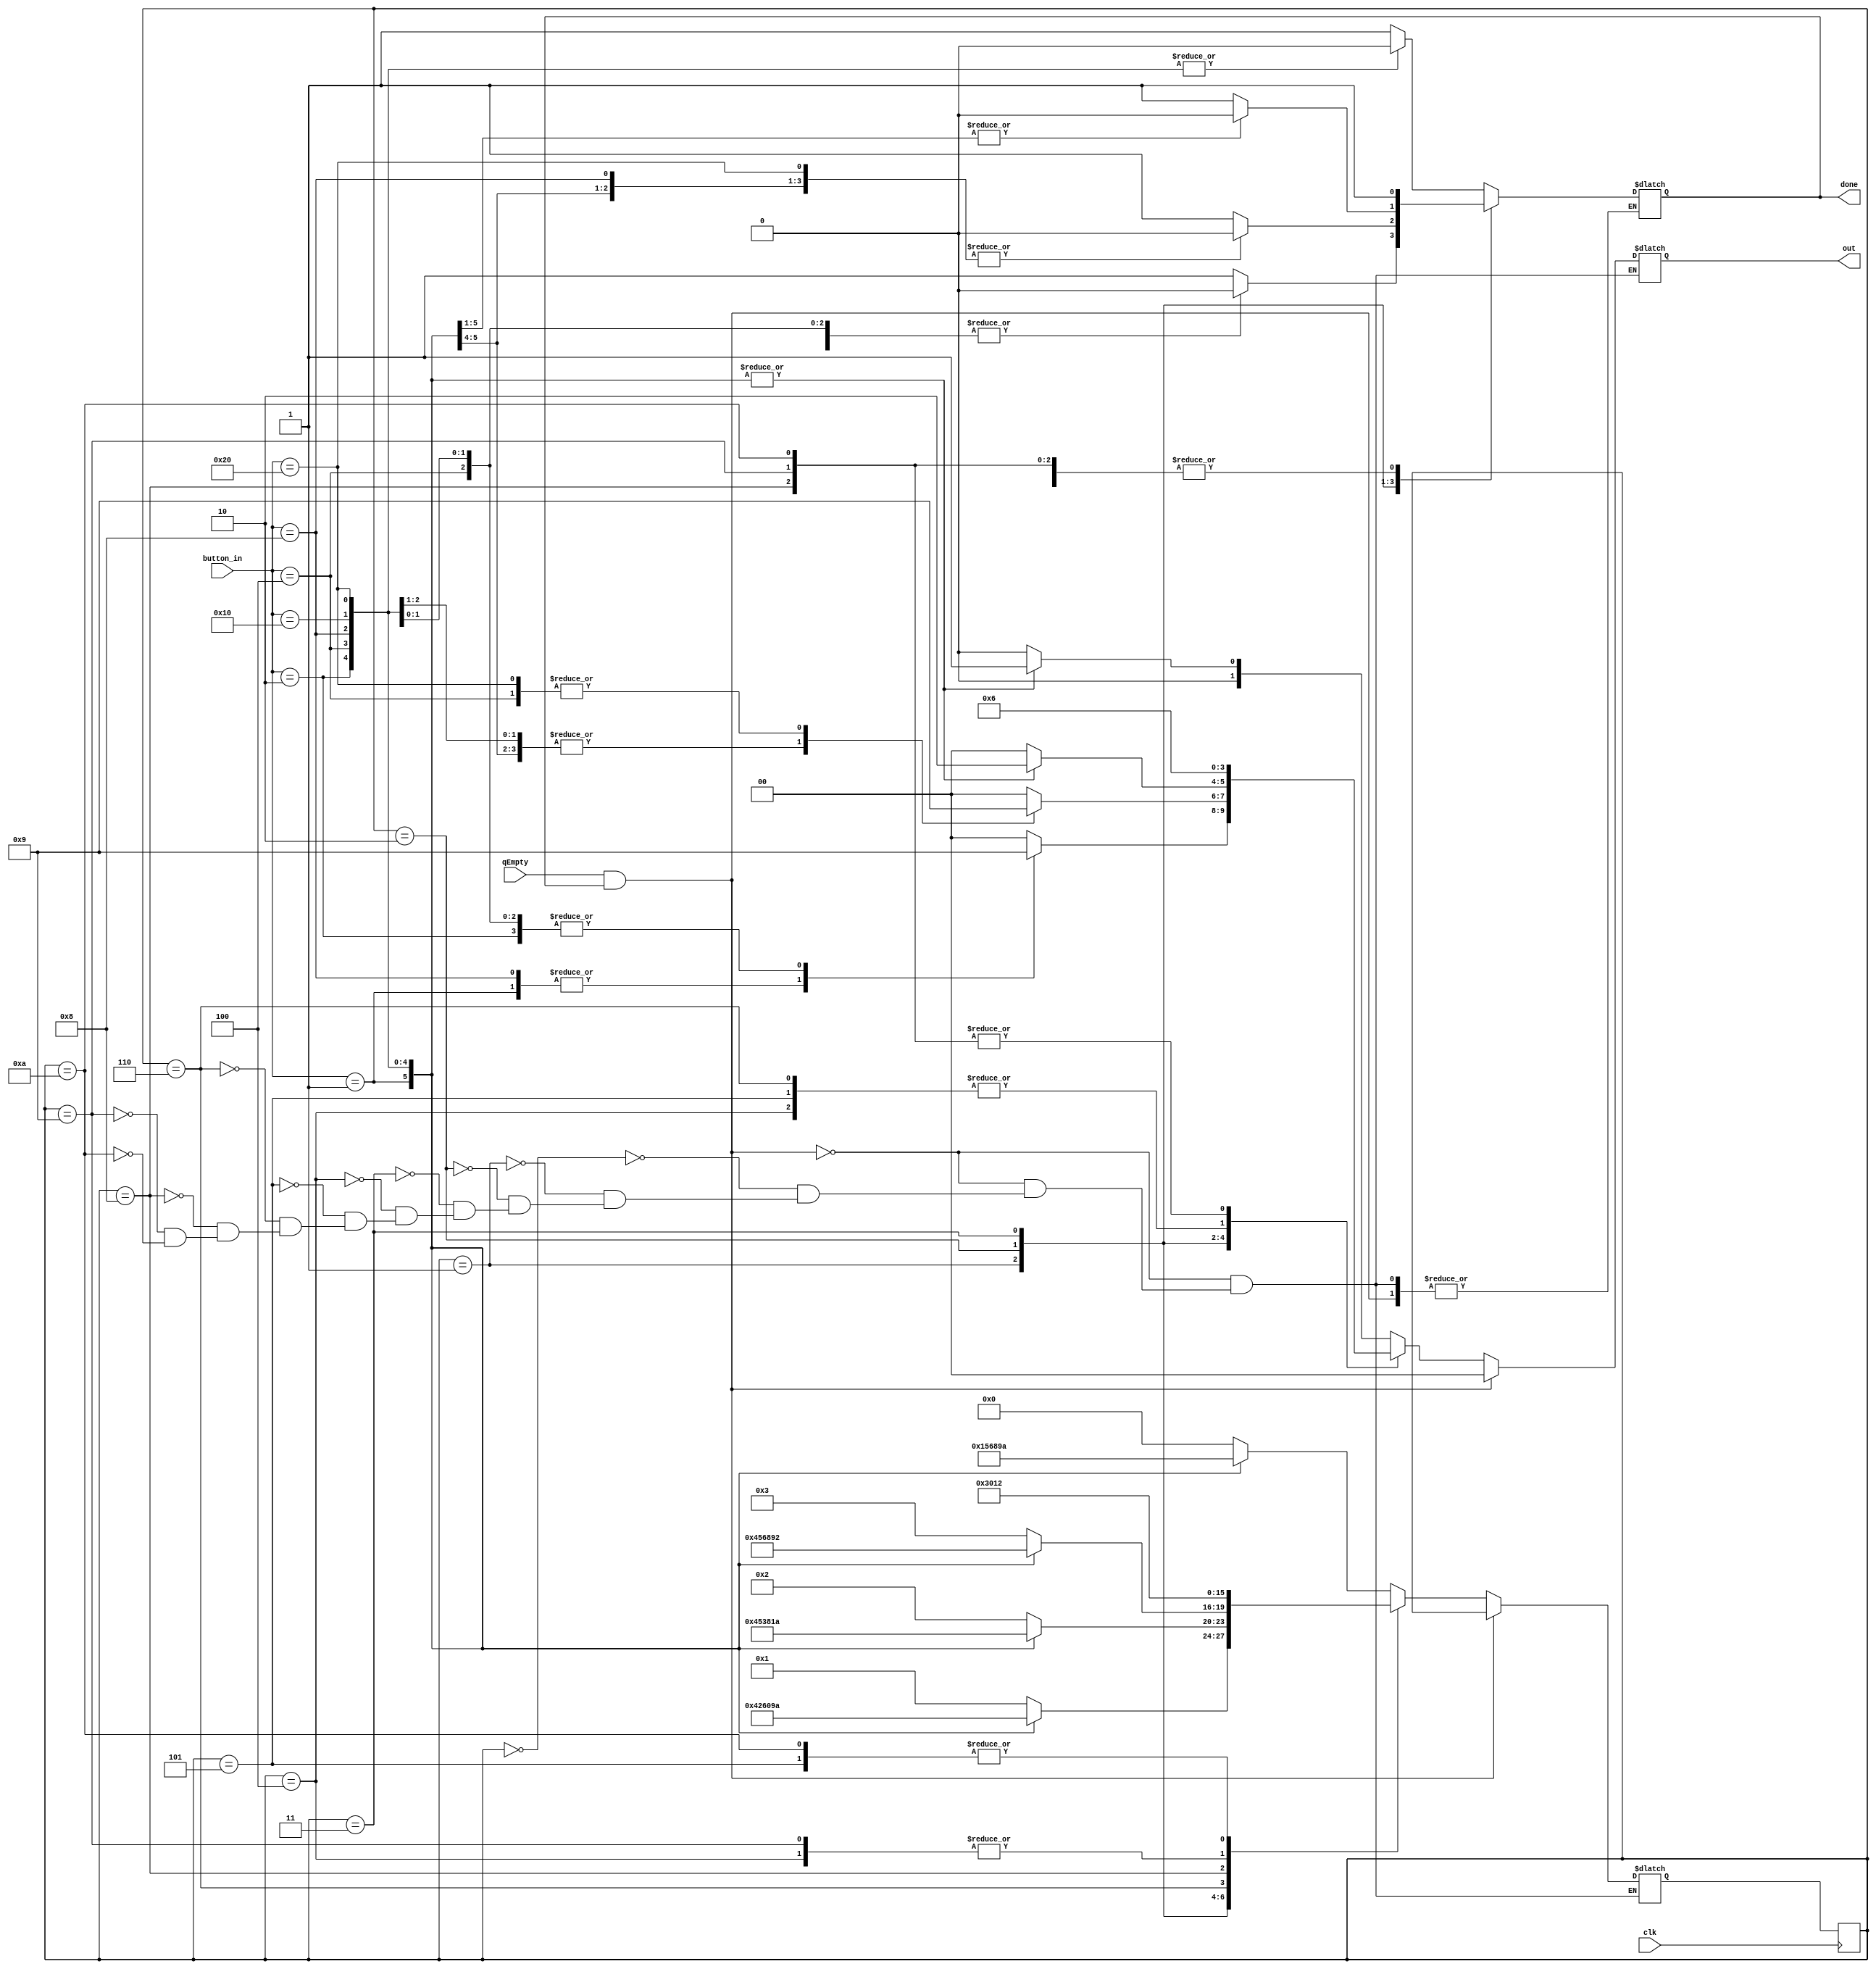
module LiftFSM(
	//Specify each port as input or output
	input clk,
	input [5:0] button_in,
	input qEmpty,
	output reg [1:0] out,
	output reg done
	
);
	
	//Specify primary datatype in Verilog for present state and next state which are both 4 bits
	reg [3:0] ps;	
	reg [3:0] ns;
	
	//Define module parameters for each state in this FSM
	localparam s1=4'b0000;
	localparam s2=4'b0001;
	localparam s3=4'b0010;
	localparam s4=4'b0011;
	localparam s12=4'b0100;
	localparam s23=4'b0101;
	localparam s34=4'b0110;
	localparam s21=4'b1000;
	localparam s32=4'b1001;
	localparam s43=4'b1010;

	//Define module parameters for output in this FSM
	localparam STAY=2'b00;
	localparam UP=2'b01;
	localparam DOWN=2'b10;
	
   //Initialize parameters in this module
	initial begin
		ps=s1;
		ns=s1;
		out=STAY;		
	end

	always @ (qEmpty or ps or button_in) begin
		//Stay in the same state when stystem is idle and no further input requests
		if(qEmpty && done) begin		
			ns=ps;
			out<=STAY;
		end
		else begin
			case (ps)
			//Describe the behavior according to the state diagram
			s1: begin
				case (button_in)
				6'b000001: begin	//button 1U
					ns=s2;	
					out=UP;		
					done=1;
				end
				6'b000010: begin	//button 2U
					ns=s23;	
					out=UP;		
					done=0;
				end
				6'b000100: begin	//button 3U
					ns=s34;	
					out=UP;		
					done=0;
				end
				6'b001000: begin	//button 2D
					ns=s21;
					out=UP;	
					done=0;
				end
				6'b010000: begin	//button 3D
					ns=s32;
					out=UP;	
					done=0;
				end
				6'b100000: begin	//button 4D
					ns=s43;
					out=UP;	
					done=0;
				end
				default: begin  	//other invalid input request
					ns=s1;	
					out=STAY;
					done=1;	
				end
				endcase
			end
			s2: begin
				case (button_in)
				6'b000001: begin	//button 1U
					ns=s12;	
					out=DOWN;	
					done=0;
				end
				6'b000010: begin	//button 2U
					ns=s3;	
					out=UP;		
					done=1;
				end
				6'b000100: begin	//button 3U
					ns=s34;
					out=UP;		
					done=0;
				end
				6'b001000: begin	//button 2D
					ns=s1;	
					out=DOWN;	
					done=1;
				end
				6'b010000: begin	//button 3D
					ns=s32;	
					out=UP;		
					done=0;
				end
				6'b100000: begin	//button 4D
					ns=s43;	
					out=UP;	
					done=0;
				end
				default: begin	   //other invalid input request
					ns=s2;	
					out=STAY;	
					done=1;
				end
				endcase
			end
			s3: begin
				case (button_in)
				6'b000001: begin	//button 1U
					ns=s12;	
					out=DOWN;
					done=0;
				end
				6'b000010: begin	//button 2U
					ns=s23;	
					out=DOWN;
					done=0;
				end
				6'b000100: begin	//button 3U
					ns=s4;	
					out=UP;		
					done=1;
				end
				6'b001000: begin	//button 2D
					ns=s21;
					out=DOWN;
					done=0;
				end
				6'b010000: begin	//button 3D
					ns=s2;
					out=DOWN;
					done=1;
				end
				6'b100000: begin	//button 4D
					ns=s43;	
					out=UP;	
					done=0;
				end
				default: begin	   //other invalid input request
					ns=s3;	
					out=STAY;	
					done=1;
				end
				endcase
			end
			s4: begin
				case (button_in)
				6'b000001: begin	//button 1U
					ns=s12;	
					out=DOWN;	
					done=0;
				end
				6'b000010: begin	//button 2U
					ns=s23;	
					out=DOWN;
					done=0;
				end
				6'b000100: begin	//button 3U
					ns=s34;
					out=DOWN;	
					done=0;
				end
				6'b001000: begin	//button 2D
					ns=s21;	
					out=DOWN;
					done=0;
				end
				6'b010000: begin	//button 3D
					ns=s32;	
					out=DOWN;	
					done=0;
				end
				6'b100000: begin	//button 4D
					ns=s3;	
					out=DOWN;
					done=1;
				end
				default: begin	   //other invalid input request
					ns=s4;	
					out=STAY;
					done=1;
				end
				endcase
			end
			s12: begin //state in first clk cycle for button 1U
				ns=s2;
				out=UP;	
				done=1;
			end
			s23: begin //state in first clk cycle for button 2U
				ns=s3;	
				out=UP;		
				done=1;
			end
			s34: begin //state in first clk cycle for button 3U
				ns=s4;	
				out=UP;	
				done=1;
			end
			s21: begin //state in first clk cycle for button 2D
				ns=s1;
				out=DOWN;	
				done=1;
			end
			s32: begin //state in first clk cycle for button 3D
				ns=s2;	
				out=DOWN;	
				done=1;
			end
			s43: begin //state in first clk cycle for button 4D
				ns=s3;	
				out=DOWN;
				done=1;
			end
			endcase
		end
	end
	
	always @ (posedge clk) begin
		ps<=ns;
	end
		
endmodule